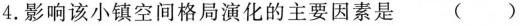
4.影响该小镇空间格局演化的主要因素是( )